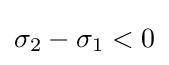
\sigma _{2}-\sigma _{1}<0